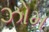
ઝોમ